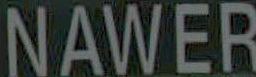
NAWER